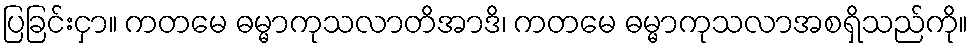
ပြခြင်းငှာ။ ကတမေ ဓမ္မာကုသလာတိအာဒိ၊ ကတမေ ဓမ္မာကုသလာအစရှိသည်ကို။